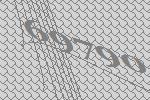
69790